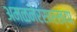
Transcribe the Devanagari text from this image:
अमळनेरसारख्या